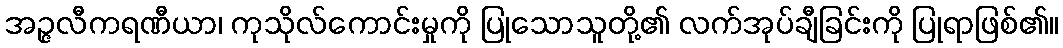
အဉ္ဇလီကရဏီယာ၊ ကုသိုလ်ကောင်းမှုကို ပြုသောသူတို့၏ လက်အုပ်ချီခြင်းကို ပြုရာဖြစ်၏။